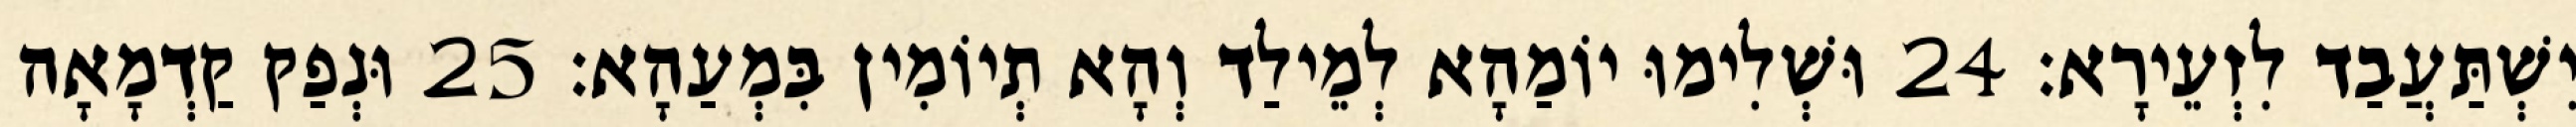
יִשְׁתַּעֲבַד לִזְעֵירָא׃ 24 וּשְׁלִימוּ יוֹמַהָא לְמֵילַד וְהָא תְיוֹמִין בִּמְעַהָא׃ 25 וּנְפַק קַדְמָאָה